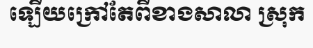
ឡើយក្រៅតែពីខាងសាលា ស្រុក